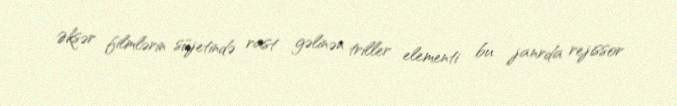
Əksər filmlərin süjetində rast gəlinən triller elementi bu janrda rejissor